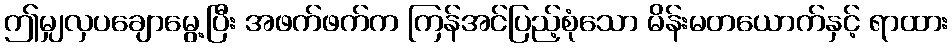
ဤမျှလှပချောမွေ့ပြီး အဖက်ဖက်က ကြန်အင်ပြည့်စုံသော မိန်းမတယောက်နှင့် ရာထား